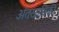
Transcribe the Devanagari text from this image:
अंतःस्राविकी